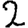
Digit: 2